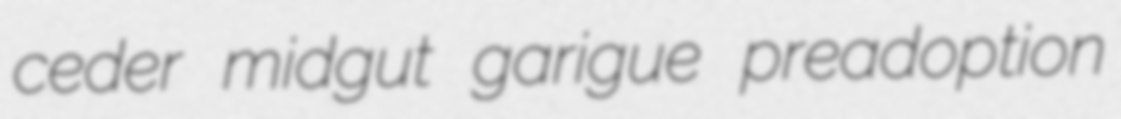
ceder midgut garigue preadoption